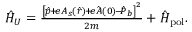
\begin{array} { r } { \hat { H } _ { U } = \frac { \left[ \hat { \boldsymbol { p } } \! + \! e \boldsymbol { A } _ { s } ( \hat { \boldsymbol { r } } ) \! + \! e \hat { \boldsymbol { A } } ( \boldsymbol { 0 } ) \! - \! \hat { \boldsymbol { P } } _ { b } \right] ^ { 2 } } { 2 m } + \hat { H } _ { \mathrm { p o l } } . } \end{array}